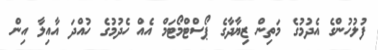
ފުލުހުންގެ އެދުމުގެ މަތިން ޒިޔާދާގެ ޕޯސްޓްމޯޓަމް އެއް ހެދުމުގެ ހުއްދަ އާއިލާ އިން